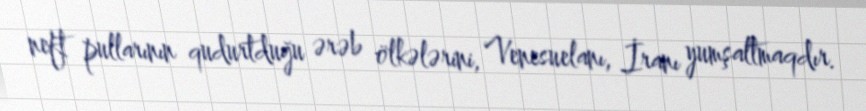
neft pullarının qudurtduğu ərəb ölkələrini, Venesuelanı, İranı yumşaltmaqdır.